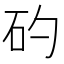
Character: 𥐝